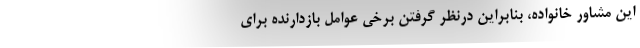
این مشاور خانواده، بنابراین درنظر گرفتن برخی عوامل بازدارنده برای